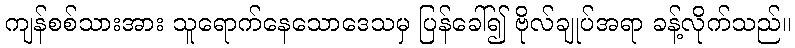
ကျန်စစ်သားအား သူရောက်နေသောဒေသမှ ပြန်ခေါ်၍ ဗိုလ်ချုပ်အရာ ခန့်လိုက်သည်။